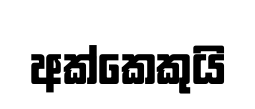
අක්කෙකුයි